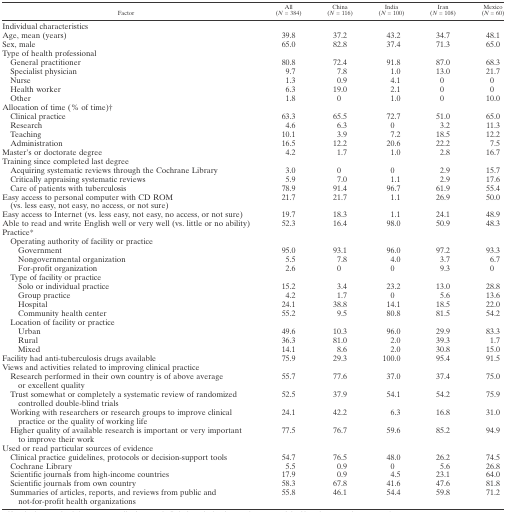
<table><thead><tr><td><b>Factor</b></td><td><b>All (<i>N</i> = 384)</b></td><td><b>China (<i>N</i> = 116)</b></td><td><b>India (<i>N</i> = 100)</b></td><td><b>Iran (<i>N</i> = 108)</b></td><td><b>Mexico (<i>N</i> = 60)</b></td></tr></thead><tbody><tr><td colspan="6">Individual characteristics</td></tr><tr><td>Age, mean (years)</td><td>39.8</td><td>37.2</td><td>43.2</td><td>34.7</td><td>48.1</td></tr><tr><td>Sex, male</td><td>65.0</td><td>82.8</td><td>37.4</td><td>71.3</td><td>65.0</td></tr><tr><td colspan="6">Type of health professional</td></tr><tr><td> General practitioner</td><td>80.8</td><td>72.4</td><td>91.8</td><td>87.0</td><td>68.3</td></tr><tr><td> Specialist physician</td><td>9.7</td><td>7.8</td><td>1.0</td><td>13.0</td><td>21.7</td></tr><tr><td> Nurse</td><td>1.3</td><td>0.9</td><td>4.1</td><td>0</td><td>0</td></tr><tr><td> Health worker</td><td>6.3</td><td>19.0</td><td>2.1</td><td>0</td><td>0</td></tr><tr><td> Other</td><td>1.8</td><td>0</td><td>1.0</td><td>0</td><td>10.0</td></tr><tr><td colspan="6">Allocation of time (% of time)†</td></tr><tr><td> Clinical practice</td><td>63.3</td><td>65.5</td><td>72.7</td><td>51.0</td><td>65.0</td></tr><tr><td> Research</td><td>4.6</td><td>6.3</td><td>0</td><td>3.2</td><td>11.3</td></tr><tr><td> Teaching</td><td>10.1</td><td>3.9</td><td>7.2</td><td>18.5</td><td>12.2</td></tr><tr><td> Administration</td><td>16.5</td><td>12.2</td><td>20.6</td><td>22.2</td><td>7.5</td></tr><tr><td>Master&#x27;s or doctorate degree</td><td>4.2</td><td>1.7</td><td>1.0</td><td>2.8</td><td>16.7</td></tr><tr><td colspan="6">Training since completed last degree</td></tr><tr><td> Acquiring systematic reviews through the Cochrane Library</td><td>3.0</td><td>0</td><td>0</td><td>2.9</td><td>15.7</td></tr><tr><td> Critically appraising systematic reviews</td><td>5.9</td><td>7.0</td><td>1.1</td><td>2.9</td><td>17.6</td></tr><tr><td> Care of patients with tuberculosis</td><td>78.9</td><td>91.4</td><td>96.7</td><td>61.9</td><td>55.4</td></tr><tr><td>Easy access to personal computer with CD ROM (vs. less easy, not easy, no access, or not sure)</td><td>21.7</td><td>21.7</td><td>1.1</td><td>26.9</td><td>50.0</td></tr><tr><td>Easy access to Internet (vs. less easy, not easy, no access, or not sure)</td><td>19.7</td><td>18.3</td><td>1.1</td><td>24.1</td><td>48.9</td></tr><tr><td>Able to read and write English well or very well (vs. little or no ability)</td><td>52.3</td><td>16.4</td><td>98.0</td><td>50.9</td><td>48.3</td></tr><tr><td colspan="6">Practice*</td></tr><tr><td colspan="6"> Operating authority of facility or practice</td></tr><tr><td>Government</td><td>95.0</td><td>93.1</td><td>96.0</td><td>97.2</td><td>93.3</td></tr><tr><td>Nongovernmental organization</td><td>5.5</td><td>7.8</td><td>4.0</td><td>3.7</td><td>6.7</td></tr><tr><td>For-profit organization</td><td>2.6</td><td>0</td><td>0</td><td>9.3</td><td>0</td></tr><tr><td colspan="6"> Type of facility or practice</td></tr><tr><td>Solo or individual practice</td><td>15.2</td><td>3.4</td><td>23.2</td><td>13.0</td><td>28.8</td></tr><tr><td>Group practice</td><td>4.2</td><td>1.7</td><td>0</td><td>5.6</td><td>13.6</td></tr><tr><td>Hospital</td><td>24.1</td><td>38.8</td><td>14.1</td><td>18.5</td><td>22.0</td></tr><tr><td>Community health center</td><td>55.2</td><td>9.5</td><td>80.8</td><td>81.5</td><td>54.2</td></tr><tr><td colspan="6"> Location of facility or practice</td></tr><tr><td>Urban</td><td>49.6</td><td>10.3</td><td>96.0</td><td>29.9</td><td>83.3</td></tr><tr><td>Rural</td><td>36.3</td><td>81.0</td><td>2.0</td><td>39.3</td><td>1.7</td></tr><tr><td>Mixed</td><td>14.1</td><td>8.6</td><td>2.0</td><td>30.8</td><td>15.0</td></tr><tr><td>Facility had anti-tuberculosis drugs available</td><td>75.9</td><td>29.3</td><td>100.0</td><td>95.4</td><td>91.5</td></tr><tr><td colspan="6">Views and activities related to improving clinical practice</td></tr><tr><td> Research performed in their own country is of above average or excellent quality</td><td>55.7</td><td>77.6</td><td>37.0</td><td>37.4</td><td>75.0</td></tr><tr><td> Trust somewhat or completely a systematic review of randomized controlled double-blind trials</td><td>52.5</td><td>37.9</td><td>54.1</td><td>54.2</td><td>75.9</td></tr><tr><td> Working with researchers or research groups to improve clinical practice or the quality of working life</td><td>24.1</td><td>42.2</td><td>6.3</td><td>16.8</td><td>31.0</td></tr><tr><td> Higher quality of available research is important or very important to improve their work</td><td>77.5</td><td>76.7</td><td>59.6</td><td>85.2</td><td>94.9</td></tr><tr><td colspan="6">Used or read particular sources of evidence</td></tr><tr><td> Clinical practice guidelines, protocols or decision-support tools</td><td>54.7</td><td>76.5</td><td>48.0</td><td>26.2</td><td>74.5</td></tr><tr><td> Cochrane Library</td><td>5.5</td><td>0.9</td><td>0</td><td>5.6</td><td>26.8</td></tr><tr><td> Scientific journals from high-income countries</td><td>17.9</td><td>0.9</td><td>4.5</td><td>23.1</td><td>64.0</td></tr><tr><td> Scientific journals from own country</td><td>58.3</td><td>67.8</td><td>41.6</td><td>47.6</td><td>81.8</td></tr><tr><td> Summaries of articles, reports, and reviews from public and not-for-profit health organizations</td><td>55.8</td><td>46.1</td><td>54.4</td><td>59.8</td><td>71.2</td></tr></tbody></table>